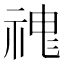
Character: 𱵏